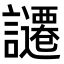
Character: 𧭱